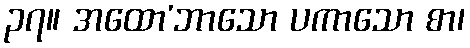
၃၇။ အထော’ဘာသော ပကာသော စာ၊